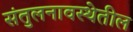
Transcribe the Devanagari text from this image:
संतुलनावस्थेतील